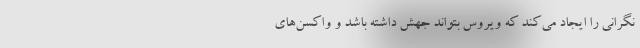
نگرانی را ایجاد می‌کند که ویروس بتواند جهش داشته باشد و واکسن‌های